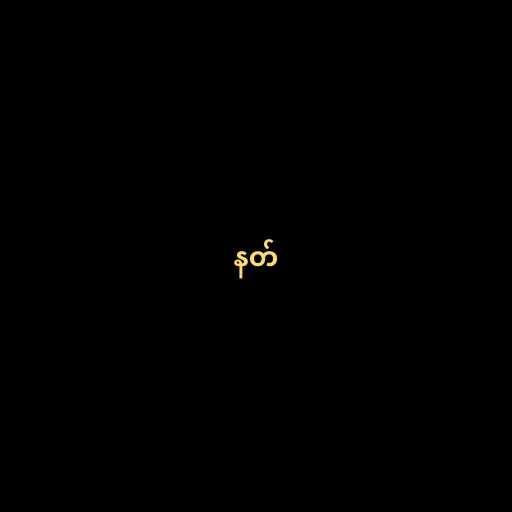
နတ်